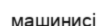
машинисі